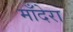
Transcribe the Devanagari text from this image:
माँदेरा